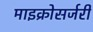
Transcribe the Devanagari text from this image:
माइक्रोसर्जरी